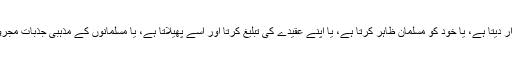
اس سیکشن کے مطابق اگر کوئی احمدی خود کو مسلمان قرار دیتا ہے، یا خود کو مسلمان ظاہر کرتا ہے، یا اپنے عقیدے کی تبلیغ کرتا اور اسے پھیلاتا ہے، یا مسلمانوں کے مذہبی جذبات مجروح کرتا ہے، تو اُسے تین سال قید تک کی سزا ہوسکتی ہے۔